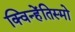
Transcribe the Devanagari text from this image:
क्विन्हेंतिस्मो